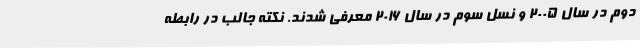
دوم در سال 2005 و نسل سوم در سال 2016 معرفی شدند. نکته جالب در رابطه